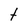
Character: t